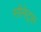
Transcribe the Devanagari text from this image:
सोंनेट्स